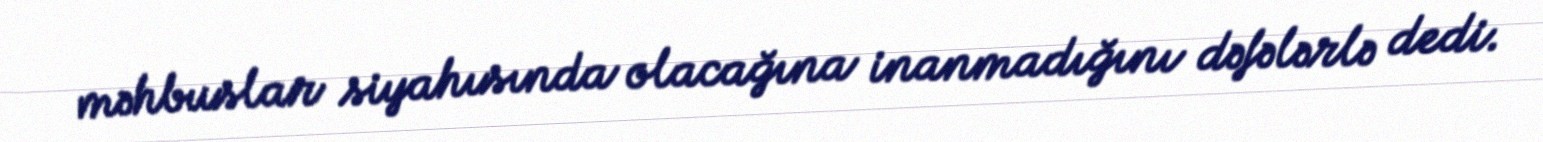
məhbuslar siyahısında olacağına inanmadığını dəfələrlə dedi.